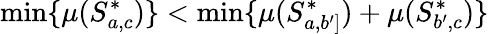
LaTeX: \operatorname*{min}\{ \mu(S_{a,c}^{*})\} <\operatorname*{min}\{ \mu(S_{a,b^{\prime}]}^{*})+\mu(S_{b^{\prime},c}^{*})\}